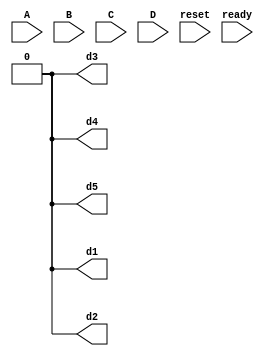
module Numero(A, B, C, D, d1, d2, d3, d4, d5, reset, ready);//parametros
	input wire A, B, C, D, reset, ready;//entradas como fios, j que vo passar os valores para a equao
	output reg d1, d2, d3, d4, d5;//saidas como registradores, j que iro guardar os valores da equao
	always @(reset) begin//bloco always que  executado sempre quando o reset for 1
		d1 <= 0;
		d2 <= 0;
		d3 <= 0;
		d4 <= 0;
		d5 <= 0;
	end//fim do bloco always
	always @(ready) begin//bloco always que  executado sempre quando o ready for 1
		if(~reset) begin//s executa quando o ready for 1 e o reset for 0
			d5 <= (B & ~C) | (~A & ~C & D) | (~B & C);//display 5 com sua equacao
			d4 <= (B & ~C) | (~B & C) | (C & ~D);//display 4 com sua equacao
			d3 <= (B) | (C & D);//display 3 com sua equacao
			d2 <= (B) | (A & ~C & ~D);//display 2 com sua equacao
			d1 <= (A) | (B & D) | (B & C);//display 1 com sua equacao
		end//fim da condio
	end//fim bloco always
endmodule//fim modulo